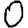
Digit: 0